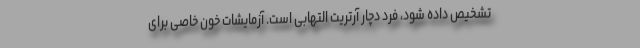
تشخیص داده شود، فرد دچار آرتریت التهابی است. آزمایشات خون خاصی برای